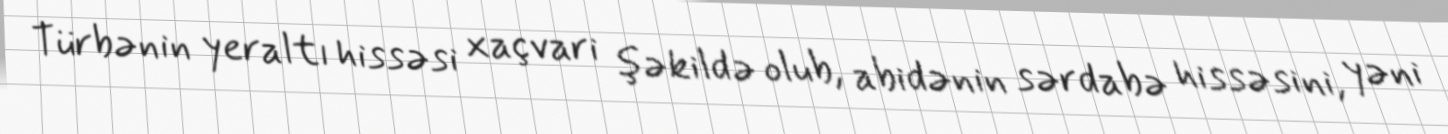
Türbənin yeraltı hissəsi xaçvari şəkildə olub, abidənin sərdabə hissəsini, yəni